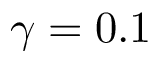
\gamma = 0 . 1